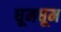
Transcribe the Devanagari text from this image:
घूमघूम